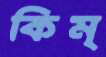
কিম্